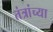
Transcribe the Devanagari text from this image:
तंत्रांच्या